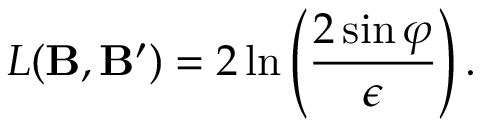
L ( { \bf B } , { \bf B ^ { \prime } } ) = 2 \ln \left( \frac { 2 \sin \varphi } { \epsilon } \right) .